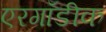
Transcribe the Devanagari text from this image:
एरगॉडीक